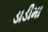
ડાડીમા